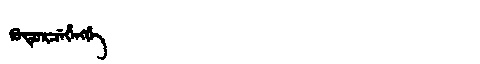
Manchu: ᡴᡠᡨᡠᡵᠴᡝᡥᡝᠩᡤᡝ
Romanization: KUTURCEHENGGE